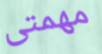
مهمتى